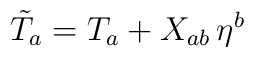
\tilde T_a=T_a+X_{ab}\,\eta^b